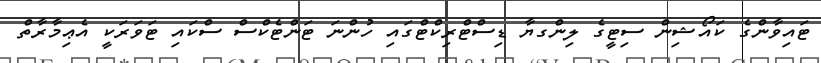
ޓައިވާންގެ ކައޯޝިން ސިޓީގެ ލިންގޔާ ޑިސްޓްރިކްޓްގައި ހުންނަ ޓަންޓެކްސް ސްކައި ޓަވަރަކީ އެޢިމާރާތް